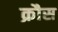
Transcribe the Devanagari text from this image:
क्रौस